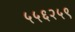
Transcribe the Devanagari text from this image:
५५६२५९